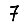
Digit: 7